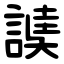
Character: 䜁